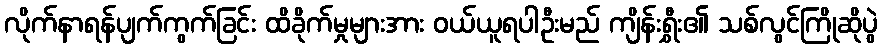
လိုက်နာရန်ပျက်ကွက်ခြင်း ထိခိုက်မှုများအား ဝယ်ယူရပါဦးမည် ကျိန်းရွှီး၏ သစ်လွင်ကြိုဆိုပွဲ